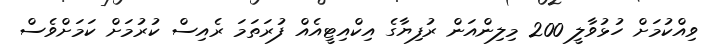
ވިއްކުމަށް ހުޅުވާލީ 200 މިލިންއަން ރުފިޔާގެ އިކްއިޓީއެއް ފުރަތަމަ ރެއިސް ކުރުމަށް ކަމަށްވެސް